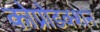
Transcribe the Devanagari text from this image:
कोप्रोडक्शन